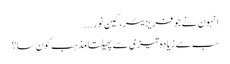
انہون نے جو فریزیئر، کین نور...
سب سے زیادہ تیزی سے پھیلتا مذہب کون سا؟